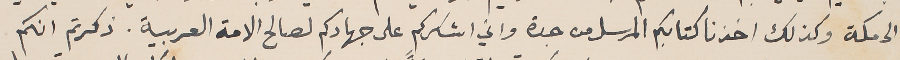
الى مكة وكذلك اخذنا كتابكم المرسل من جدة واني اشكركم على جهادكم لصالح الامة العربية. ذكرتم انكم